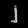
Digit: ၂